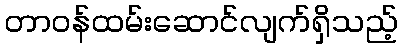
တာဝန်ထမ်းဆောင်လျက်ရှိသည့်